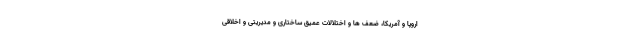
اروپا و آمریکا، ضعف ها و اختلالات عمیق ساختاری و مدیریّتی و اخلاقی